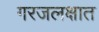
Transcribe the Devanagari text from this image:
गरजलक्षात